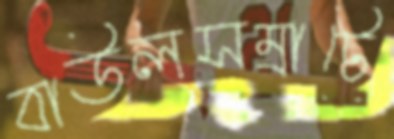
বাউলসম্রাটে